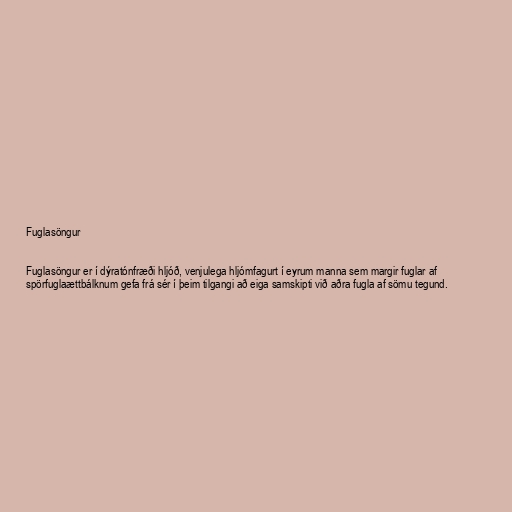
Fuglasöngur

Fuglasöngur er í dýratónfræði hljóð, venjulega hljómfagurt í eyrum manna sem margir fuglar af
spörfuglaættbálknum gefa frá sér í þeim tilgangi að eiga samskipti við aðra fugla af sömu tegund.